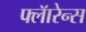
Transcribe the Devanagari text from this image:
फ्लॅारेन्स